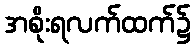
အစိုးရလက်ထက်၌